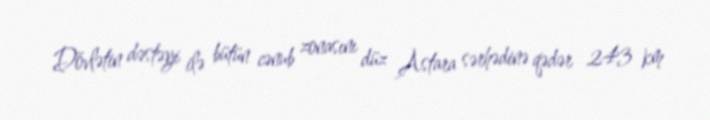
Dövlətin dəstəyi ilə bütün cənub zonasını düz Astara sərhədinə qədər 243 km